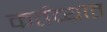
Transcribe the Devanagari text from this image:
कर्तव्यात